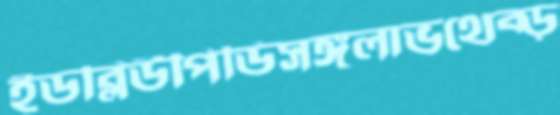
ইডব্লিউপিডিসঙ্গলাভথেব্‌ড়